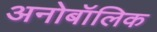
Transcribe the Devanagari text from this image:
अनोबॉलिक